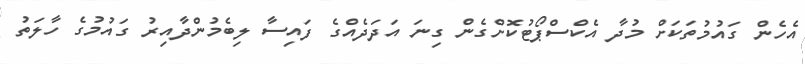
އެހެން ގައުމުތަކަށް މުދާ އެކްސްޕޯޓުކޮށްގެން ގިނަ އަދަދެއްގެ ފައިސާ ލިބެމުންދާއިރު ގައުމުގެ ހާލަތު